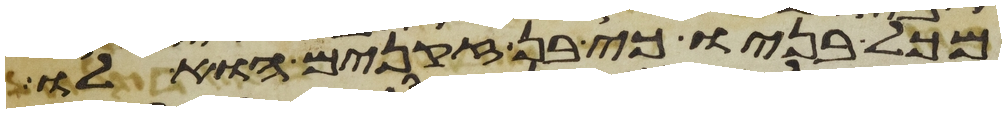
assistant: מכל בניו כי בן זקנים הוא לו